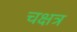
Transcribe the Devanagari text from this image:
चक्षत्र